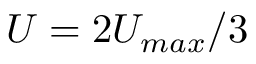
U = 2 U _ { m a x } / 3